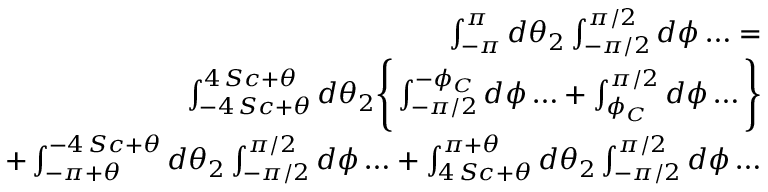
\begin{array} { r l r } & { } & { \int _ { - \pi } ^ { \pi } d \theta _ { 2 } \int _ { - \pi / 2 } ^ { \pi / 2 } d \phi \ldots = } \\ & { } & { \int _ { - 4 \, S c + \theta } ^ { 4 \, S c + \theta } d \theta _ { 2 } \Bigg \{ \int _ { - \pi / 2 } ^ { - \phi _ { C } } d \phi \ldots + \int _ { \phi _ { C } } ^ { \pi / 2 } d \phi \ldots \Bigg \} } \\ & { } & { + \int _ { - \pi + \theta } ^ { - 4 \, S c + \theta } d \theta _ { 2 } \int _ { - \pi / 2 } ^ { \pi / 2 } d \phi \ldots + \int _ { 4 \, S c + \theta } ^ { \pi + \theta } d \theta _ { 2 } \int _ { - \pi / 2 } ^ { \pi / 2 } d \phi \ldots } \end{array}